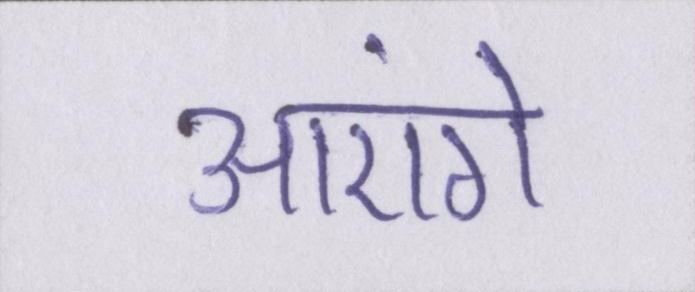
आएंगे